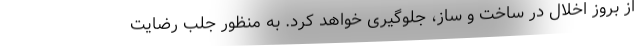
از بروز اخلال در ساخت و ساز، جلوگیری خواهد کرد. به منظور جلب رضایت